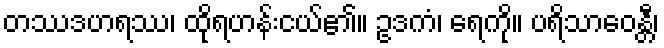
တဿဒဟရဿ၊ ထိုရဟန်းငယ်၏။ ဥဒကံ၊ ရေကို။ ပရိသာဝေန္တီ၊